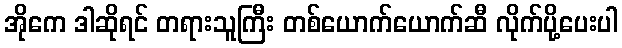
အိုကေ ဒါဆိုရင် တရားသူကြီး တစ်ယောက်ယောက်ဆီ လိုက်ပို့ပေးပါ